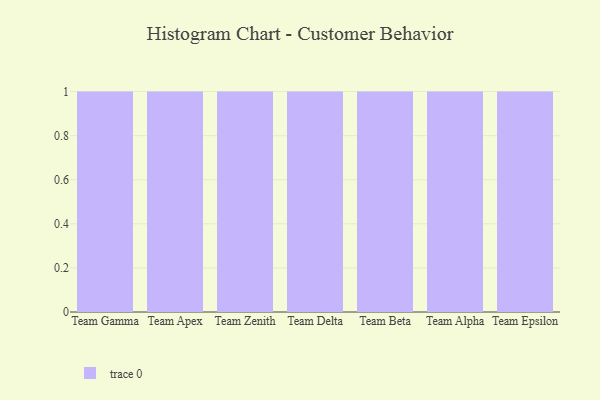
{"axis": {"x": "Team", "y": "Humidity (%)"}, "legend": [""], "data": [{"x": "Team Gamma", "y": 12, "type": ""}, {"x": "Team Apex", "y": 35, "type": ""}, {"x": "Team Zenith", "y": 76, "type": ""}, {"x": "Team Delta", "y": 3, "type": ""}, {"x": "Team Beta", "y": 49, "type": ""}, {"x": "Team Alpha", "y": 31, "type": ""}, {"x": "Team Epsilon", "y": 44, "type": ""}]}